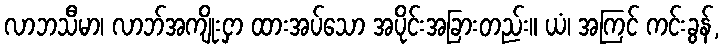
လာဘသီမာ၊ လာဘ်အကျိုးငှာ ထားအပ်သော အပိုင်းအခြားတည်း။ ယံ၊ အကြင် ကင်းခွန်,